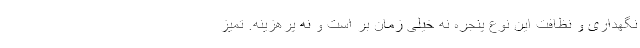
نگهداری و نظافت این نوع پنجره نه خیلی زمان بر است و نه پرهزینه. تمیز